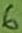
Text: 6